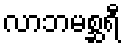
လာဘမစ္ဆရီ